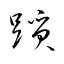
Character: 躓